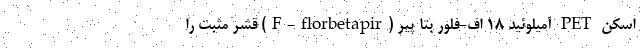
اسکن PET آمیلوئید ۱۸ اف-فلور بتا پیر (F-florbetapir) قشر مثبت را